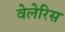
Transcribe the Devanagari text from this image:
वेलेरिस